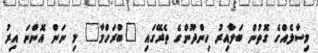
މިސާލެއްގެ ގޮތުން ބަލާއިރު ހިންދޫންގެ ތެރޭގައި "ބްރަހްމާ" މި ނަން އޮންނަ އިރު